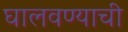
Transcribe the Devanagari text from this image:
घालवण्याची